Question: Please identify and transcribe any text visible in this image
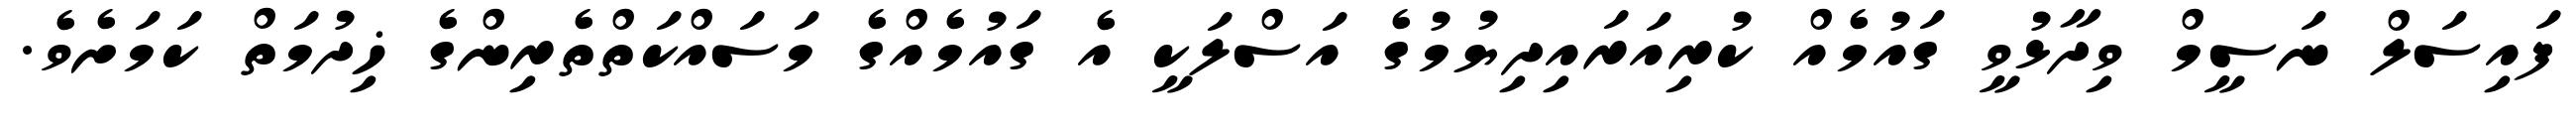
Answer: ފައިސަލް ނަސީމް ވިދާޅުވީ ގައުމެއް ކުރިއަރައިދިޔުމުގެ އަސްލަކީ އެ ގައުމެއްގެ މަސައްކަތްތެރިންގެ ޚިދުމަތް ކަމަށެވެ.